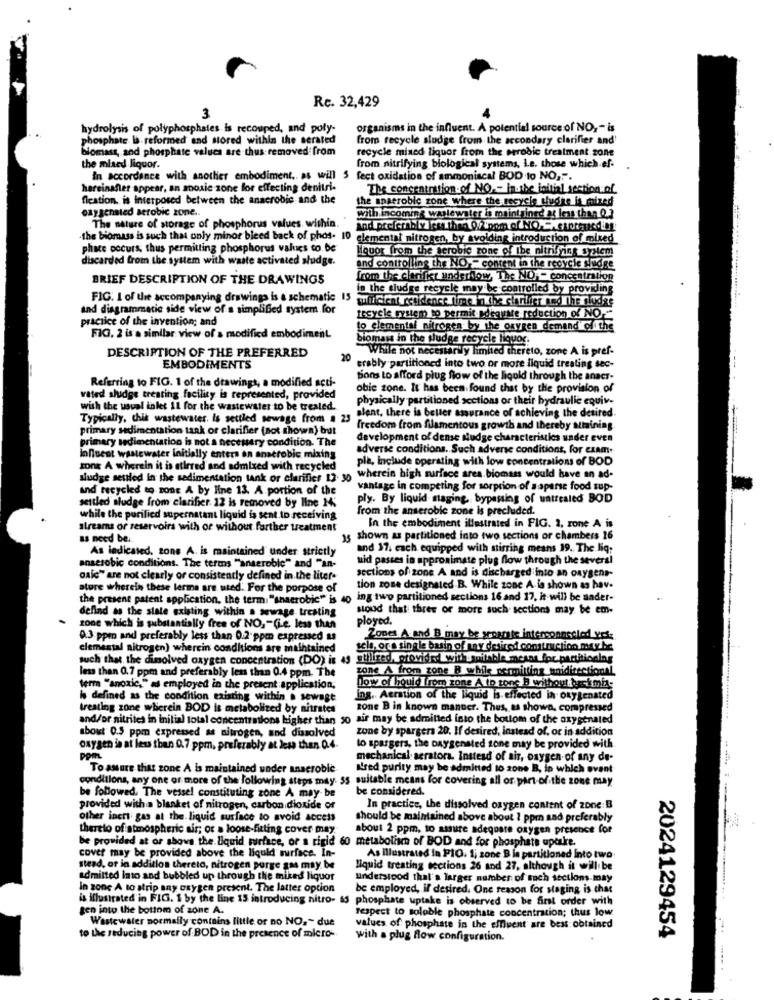
3
Rc. 32,429
hydrolysis of polyphosphates is recouped, and poly-
organisms in the influent. A potential source of NO, - is
phosphate la reformed and stored within the serated
from recycle sludge from the secondary clarifier and'
biomass, and phosphate values are thus removed from
recycle mined liquor from the errobic treatment zone
the mixed liquor.
from nitrifying biological systems, Le. those which ef-
In accordance with another embodiment .. as will 5 fect oxidation of ammoniacal BOD to NO,"".
hereinafter appear, an anoxic zone for effecting denitri-
The concentration of NO .- in.the initial section of
fication, is interposed between the anaerobic and the
the anaerobic zone where the recycle suche is mized
oxygenated aerobic zone ..
The nature of storage of phosphorus values within.
with incoming waslewater is maintained at less than Q,3
.the biomass is such that only minor bleed back of phos. 10 elemental nitrogen, by avoiding introduction of mixed
phace occurs, thus permitting phosphorus values co. be
Houor from the serobic zone of Ibe nitrifying 37Nem
discarded from the system with waste activated sludge.
and controlling the NO .- content in the recycle sludge
BRIEF DESCRIPTION OF THE DRAWINGS
from the Clarifkt underhow, The NO - concentration
in the sludge recycle may be controlled by providing
FIG. 1 of the accompanying drawings is a schematic 15
willcient residence time in the clarifier and the sludge
and diagrammatic side view of a simplified system for
practice of the invention; and
tesycle system to permit adequate reduction of NO.
to elemental nitrogen by the oxygen demand offthe
FIG. 2 is a similar view of a modified embodiment.
biomass in the sludes recycle liquor.
DESCRIPTION OF THE PREFERRED
While not necessarily limited thereto, zone A is pref-
20
erably partitioned into two or more liquid treating sec-
EMBODIMENTS
--
Bons to afford plug flow of the liquid through the anacr-
Referring to FIG. 1 of the drawings, a modified acti-
obic zone. It has been found that by the provision of
vated sludge treating facility is represented, provided
physically partitioned sections or their hydraulic equiv-
with the usual inlet 11 for the wastewater to be treated.
alent, there is better assurance of achieving the detired.
Typically, chik wastewater. is settled sewage from # 23
primary sedimentation tank or clarifier (not shown) but
freedom from filamentous growth and thereby attaining
primary sedimentation is not a necesary condition. The
development of dense Mudge characteristics vader even
adverse conditions. Such adverse conditions, for czam+
influent wastewater initially enters on anaerobic mixing
ple, include operating with low concentrations of BOD
zone A wherein it is stirred and admixed with recycled
Judge settled In the sedimentation tank or clarifier 12. 30
wherein high surface area biomass would have an ad-
And recycled to zone A by line 13. A portion of the
vantage in competing for sorption of asparse food sup-
settled sludge from clarifier 12 is removed by line 1;
ply. By liquid staging bypassing of untreated BOD
from the anseroble zone is precluded.
while the purified supernatant liquid is sent to receiving
In the embodiment illustrated in FIG. 2, zone A- is
alreams or reservoirs with or without farther treatment
as need be ..
15 shown as partitioned into two sections or chambers 16
As indicated, tone A. is maintained under strictly
and 17. each equipped with stirring means 19. The liq:
anaerobic conditions. The terms "anserobie" and "an-
uid passes in approximate plug flow through the several
sections of zone A and is discharged into an oxygens-
oxid" are not clearly or consistently defined in the liter-
ature wherein these lerma are uted. For the porpose of
tion zone designated.B. While zone A.is shown as hav.
the present patent application, the term: "anaerobic" is 40 ing two partitioned sections 16 and 17, it will be ander-
defind as the slate existing within a sewage treating
stoud that three or more such. sections may be em-
ployed.
zone which is substantially free of NO, - Gie. less then
0.3 ppm and preferably less than 0.2 ppm expressed as
Zones A and B may be separate interconnected yes:
elemental nitrogen) wherein conditions are maintained
scla, or a single basin of may desired construction may be
such that the dissolved oxygen concentration (DO) is 49 stilired, provided witht withble mesas for partitioning
zone A from zone B while permitting unidirectional
less than 0.7 ppm and preferably less than 0.4 ppm. The
term ""anoxic," as employed in the present application,
Dow of hould from zone A to tons B without back mia-
is defined as the condition existing within a sewage
ing. Aeration of the liquid is effected in oxygenated
treating zone wherein BOD is metabolized by nitrates
zone B in known manner. Thus, as shown, compressed
and/or nitrites in initial total concentrations higher than so air may be admitted into the bottom of the oxygenated
about 0.5 ppm expressed as nitrogen, and dissolved
zone by spargers 20. If desired, instead of, or in addition
oxygen is at less than 0.7 ppm, preferably at less than Q.4.
to spargers, the Daygenated sone may be provided with
pom
mechanical aerators. Instead of air, oxygen of any de-
To assure that zone A is maintained under anaeroble
N'red purity may be admitted to zone B, in which svant
conditions, any one or more of the following steps may ss suitable means for covering all or part of the zone may
be considered.
be followed. The vessel constituting zone A may be
provided with a blanket of nitrogen, carbon dioxide of
In practice, the dissolved oxygen content of zone:B
other inert gas at the liquid surface to avoid access
should be maintained above about 1 ppm and preferably
thereto of atmospheric air; or a loose-fitting cover may.
about 2 ppm, to assure adequate oxygen presence for
be provided at or shows the liquid surface, or a rigid 60 metabolism of BOD and for phosphate uptake.
cover may be provided above the liquid mirface. In-
As illustrated in PIO. 1; zone B la partitioned Into two.
stead, or in addition thereto, nitrogen purge gas may be
liquid treating sections 26 and 27, although it will be
admitted Into and bubbled up through the miked liquor
understood that's larger number of much sections.may
in zone A to strip any oxygen present. The latter option
be employed, if desired. One reason for staging is that
is Illustrated in FIG. 1 by the line 15 introducing nitro- 13 phosphate uptake is observed to be first order with
gen into the bottom of zone A.
respect to soluble phosphate concentration; thus low
Wastewater normally contains little or no NO .~ due
values of phosphate in the effluent are best obtained
to the seducing power of BOD in the presence of micro-
with a plug flow configuration.
2024129454